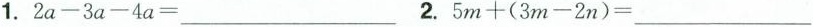
1. $$2a-3a-4a=___ $$ 2.$$5m+(3m-2n)=___$$